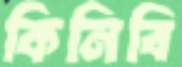
কিনিবি